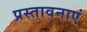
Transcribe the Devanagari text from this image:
प्रस्तावनाएं